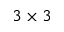
3 \times 3